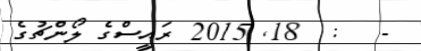
-   :  18